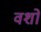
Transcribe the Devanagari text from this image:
वशो